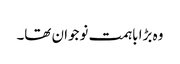
وہ بڑا باہمت نوجوان تھا۔